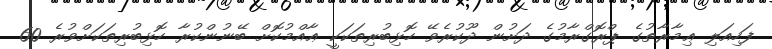
ފަހިއަލި ޢިމާރާތުގެ ޕްރޮގްރާމުގެ ދަށުން ދޫކުރެވޭ ހޮޅިބުރިތަކަކީ ޢާއްމުކޮށް ބޭނުންކުރާ ހޮޅިބުރިތަކަށްވުރެ 60